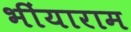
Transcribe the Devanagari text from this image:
भींयाराम